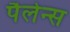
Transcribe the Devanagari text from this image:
पैलेन्स